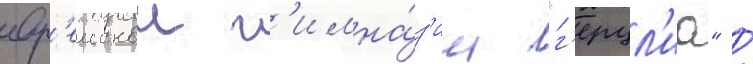
евр'еискои г'имна́з'ии "г'ерцл'иа" /